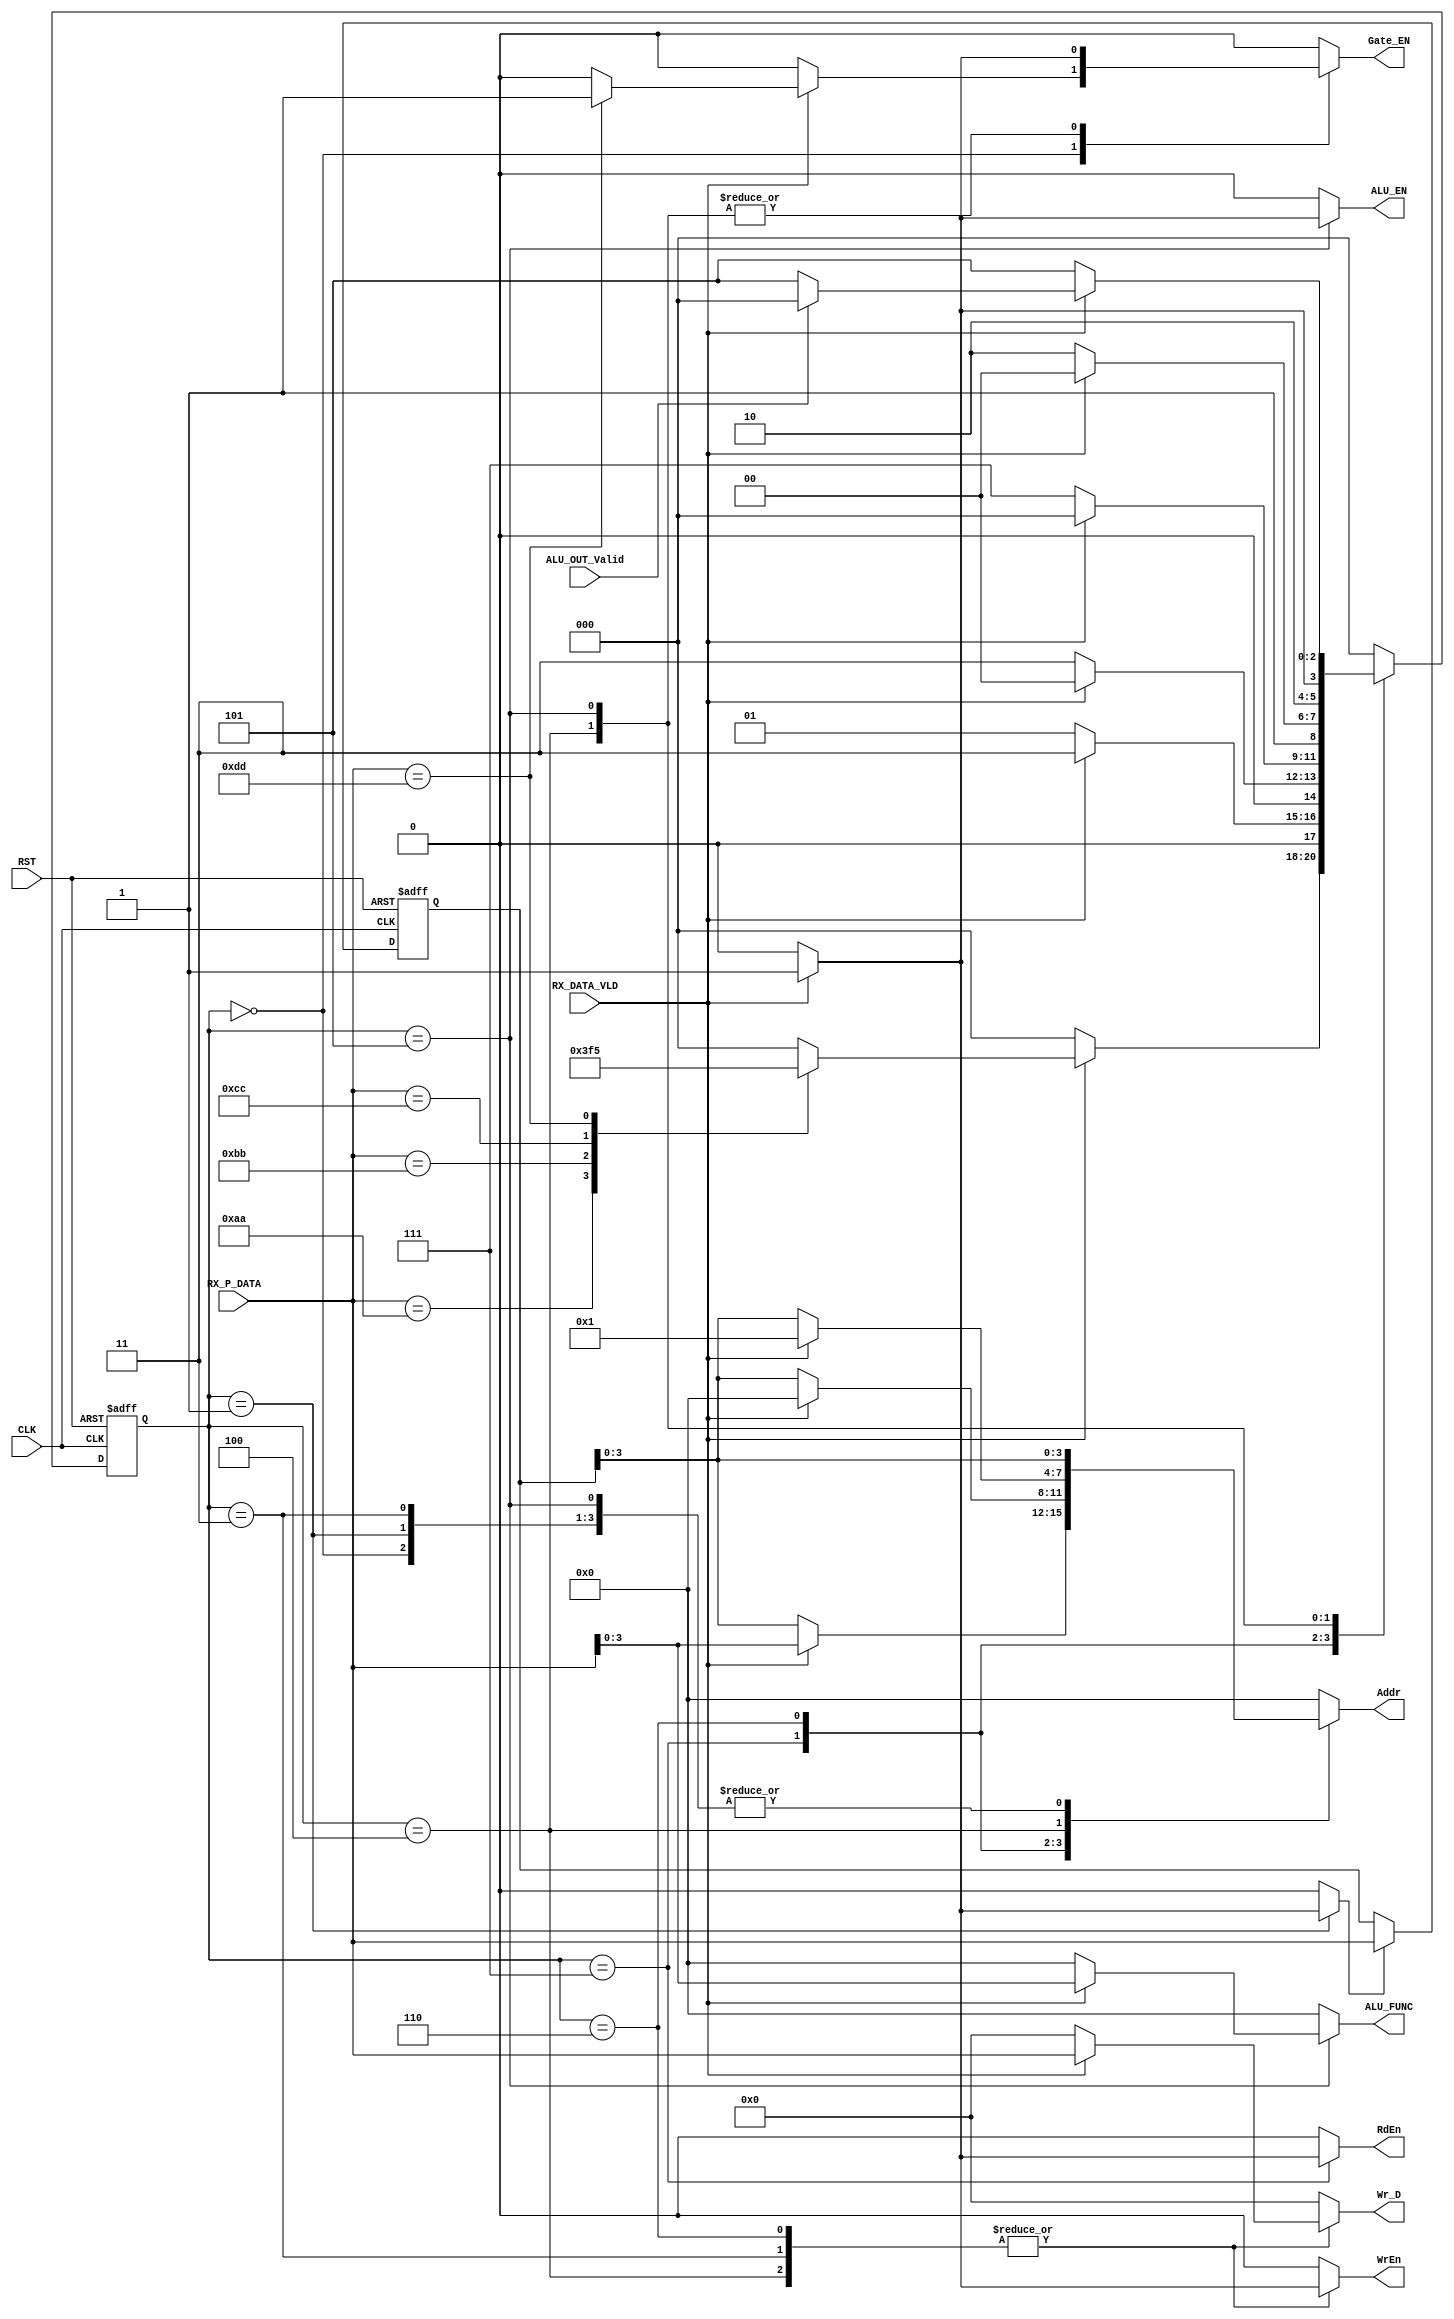
module RX_CTRL_SYS #(parameter DATA_WIDTH=8,
                               NUM_OF_ALU_INST=14 , ALU_FUNC_WIDTH=$clog2(NUM_OF_ALU_INST),
                               NUM_OF_REGISTERS=16, ADDRESS_WIDTH=$clog2(NUM_OF_REGISTERS))
   (
    input   wire                                     CLK,
    input   wire                                     RST,
    input   wire   [DATA_WIDTH-1:0]                  RX_P_DATA,
    input   wire                                     RX_DATA_VLD,
    
    input   wire                                     ALU_OUT_Valid,
//  input   wire                                     Rd_D_VLD,          /// !!!

    output  reg                                      WrEn,
    output  reg                                      RdEn,
    output  reg    [ADDRESS_WIDTH-1:0]               Addr,
    output  reg    [DATA_WIDTH-1:0]                  Wr_D,

    output reg                                       Gate_EN,

    output reg     [ALU_FUNC_WIDTH-1:0]              ALU_FUNC,
    output reg                                       ALU_EN     
     );
   
   //states of FSM
localparam  IDLE       =3'b000 ,
            RF_Wr_Addr =3'b001 ,
            RF_Wr_Data =3'b011 ,
            RF_Rd_Addr =3'b111 ,
            Wr_Oper_A  =3'b110 ,
            Wr_Oper_B  =3'b100 ,
            Wr_alu_fun =3'b101 ;

reg [2:0]                current_state , next_state ;
reg  [DATA_WIDTH-1:0]    data_saved;
reg                      Save_En; 


always @(posedge CLK or negedge RST )
  begin
     if(!RST)
       begin
         current_state<='b0;
       end
    else
       begin
         current_state<=next_state;
       end 
  end

always @(posedge CLK or negedge RST )
begin
      if (!RST) begin
        data_saved<='b0;
    end else if(Save_En) begin
        data_saved<=RX_P_DATA;
    end

end

// combinational always to determine the state
always@(*)
  begin
                WrEn     ='b0;    
                RdEn     ='b0;
                Wr_D     ='b0;
                Gate_EN  ='b0;
                ALU_FUNC ='b0;
                Save_En  ='b0;
                ALU_EN   ='b0;
                Addr     =data_saved;

                                       
   case (current_state)           
      IDLE       : begin              
               if(RX_DATA_VLD)                           
                  begin                               
                    case(RX_P_DATA)

                       'hAA  : begin
                        next_state=RF_Wr_Addr ;             
                                end

                       'hBB  :  begin
                        next_state=RF_Rd_Addr ; 
                                end

                       'hCC  :  begin
                         next_state=Wr_Oper_A  ;
                                  end

                       'hDD  :  begin 
                        next_state=Wr_alu_fun ;
                        Gate_EN  ='b1;
                              end

                       default: begin
                        next_state=IDLE      ; 
                                end 
                     endcase                           
                  end                                   
              else                                    
                    begin                                
                       next_state=IDLE ;                    
                     end   
                 end
                                                                                            
      RF_Wr_Addr : begin
                    if(RX_DATA_VLD)
                      begin
                        Save_En   ='b1;
                        next_state=RF_Wr_Data ;
                      end
                   else
                      begin
                        next_state=RF_Wr_Addr;   
                      end   
                   end
                                                                
      RF_Wr_Data : begin
                    if(RX_DATA_VLD)
                       begin
                        WrEn      ='b1;
                        Addr      =data_saved;
                        Wr_D      =RX_P_DATA;                                   
                        next_state=IDLE;   
                       end
                    else
                       begin
                        next_state=RF_Wr_Data;   
                       end   
                  end
/*
      RF_Rd_Addr : begin
                     if(RX_DATA_VLD)
                       begin     
                       RdEn      ='b1;
                       Addr      =RX_P_DATA;
                      if(Rd_D_VLD)
                          begin
                           next_state=IDLE;   
                          end
                      else
                          begin
                           next_state=RF_Rd_Addr;
                          end  
                       end  
         
                    else
                       begin
                       next_state=RF_Rd_Addr;   
                       end            
                   end                      
*/

      RF_Rd_Addr : begin
                     if(RX_DATA_VLD)
                       begin     
                       RdEn      ='b1;
                       Addr      =RX_P_DATA;
                       next_state=IDLE;   
                          end
                    else
                       begin
                       next_state=RF_Rd_Addr;   
                       end            
      end


      Wr_Oper_A : begin
                     if(RX_DATA_VLD)
                       begin
                       WrEn      ='b1;    
                       Addr      ='b0;
                       Wr_D      = RX_P_DATA;
                       next_state= Wr_Oper_B;   
                       end
                     else
                       begin
                       next_state=Wr_Oper_A;   
                       end            
                   end     
 
      Wr_Oper_B : begin
                     if(RX_DATA_VLD)
                       begin
                       WrEn      = 'b1;    
                       Addr      = 'd1;
                       Wr_D      = RX_P_DATA;
                       Gate_EN   ='b1;                
                       next_state= Wr_alu_fun;   
                       end
                     else
                       begin
                       next_state= Wr_Oper_B;   
                       end            
                   end                                        

      Wr_alu_fun : begin
                     if(RX_DATA_VLD)
                       begin

                              Gate_EN  ='b1;
                              ALU_FUNC =RX_P_DATA;
                              ALU_EN   ='b1;  
                        
                        if(ALU_OUT_Valid)
                            begin
                              next_state=IDLE;
                            end
                        else
                            begin
                               next_state=Wr_alu_fun;   
                            end
                       end
                     else
                       begin
                       next_state=Wr_alu_fun;   
                       end            
                   end     

      default    : begin
                     next_state=IDLE;       
                      WrEn     ='b0;    
                      RdEn     ='b0;
                      Addr     ='b0;
                      Wr_D     ='b0;
                      Gate_EN  ='b0;
                      ALU_FUNC ='b0;
                      ALU_EN   ='b0;
                    end      
            endcase
       end
         
endmodule